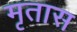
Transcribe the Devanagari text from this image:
मृतास